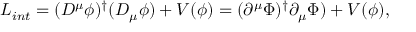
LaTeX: { \cal L } _ { i n t } = ( D ^ { \mu } \phi ) ^ { \dagger } ( D _ { \mu } \phi ) + V ( \phi ) = ( \partial ^ { \mu } \Phi ) ^ { \dagger } \partial _ { \mu } \Phi ) + V ( \phi ) ,